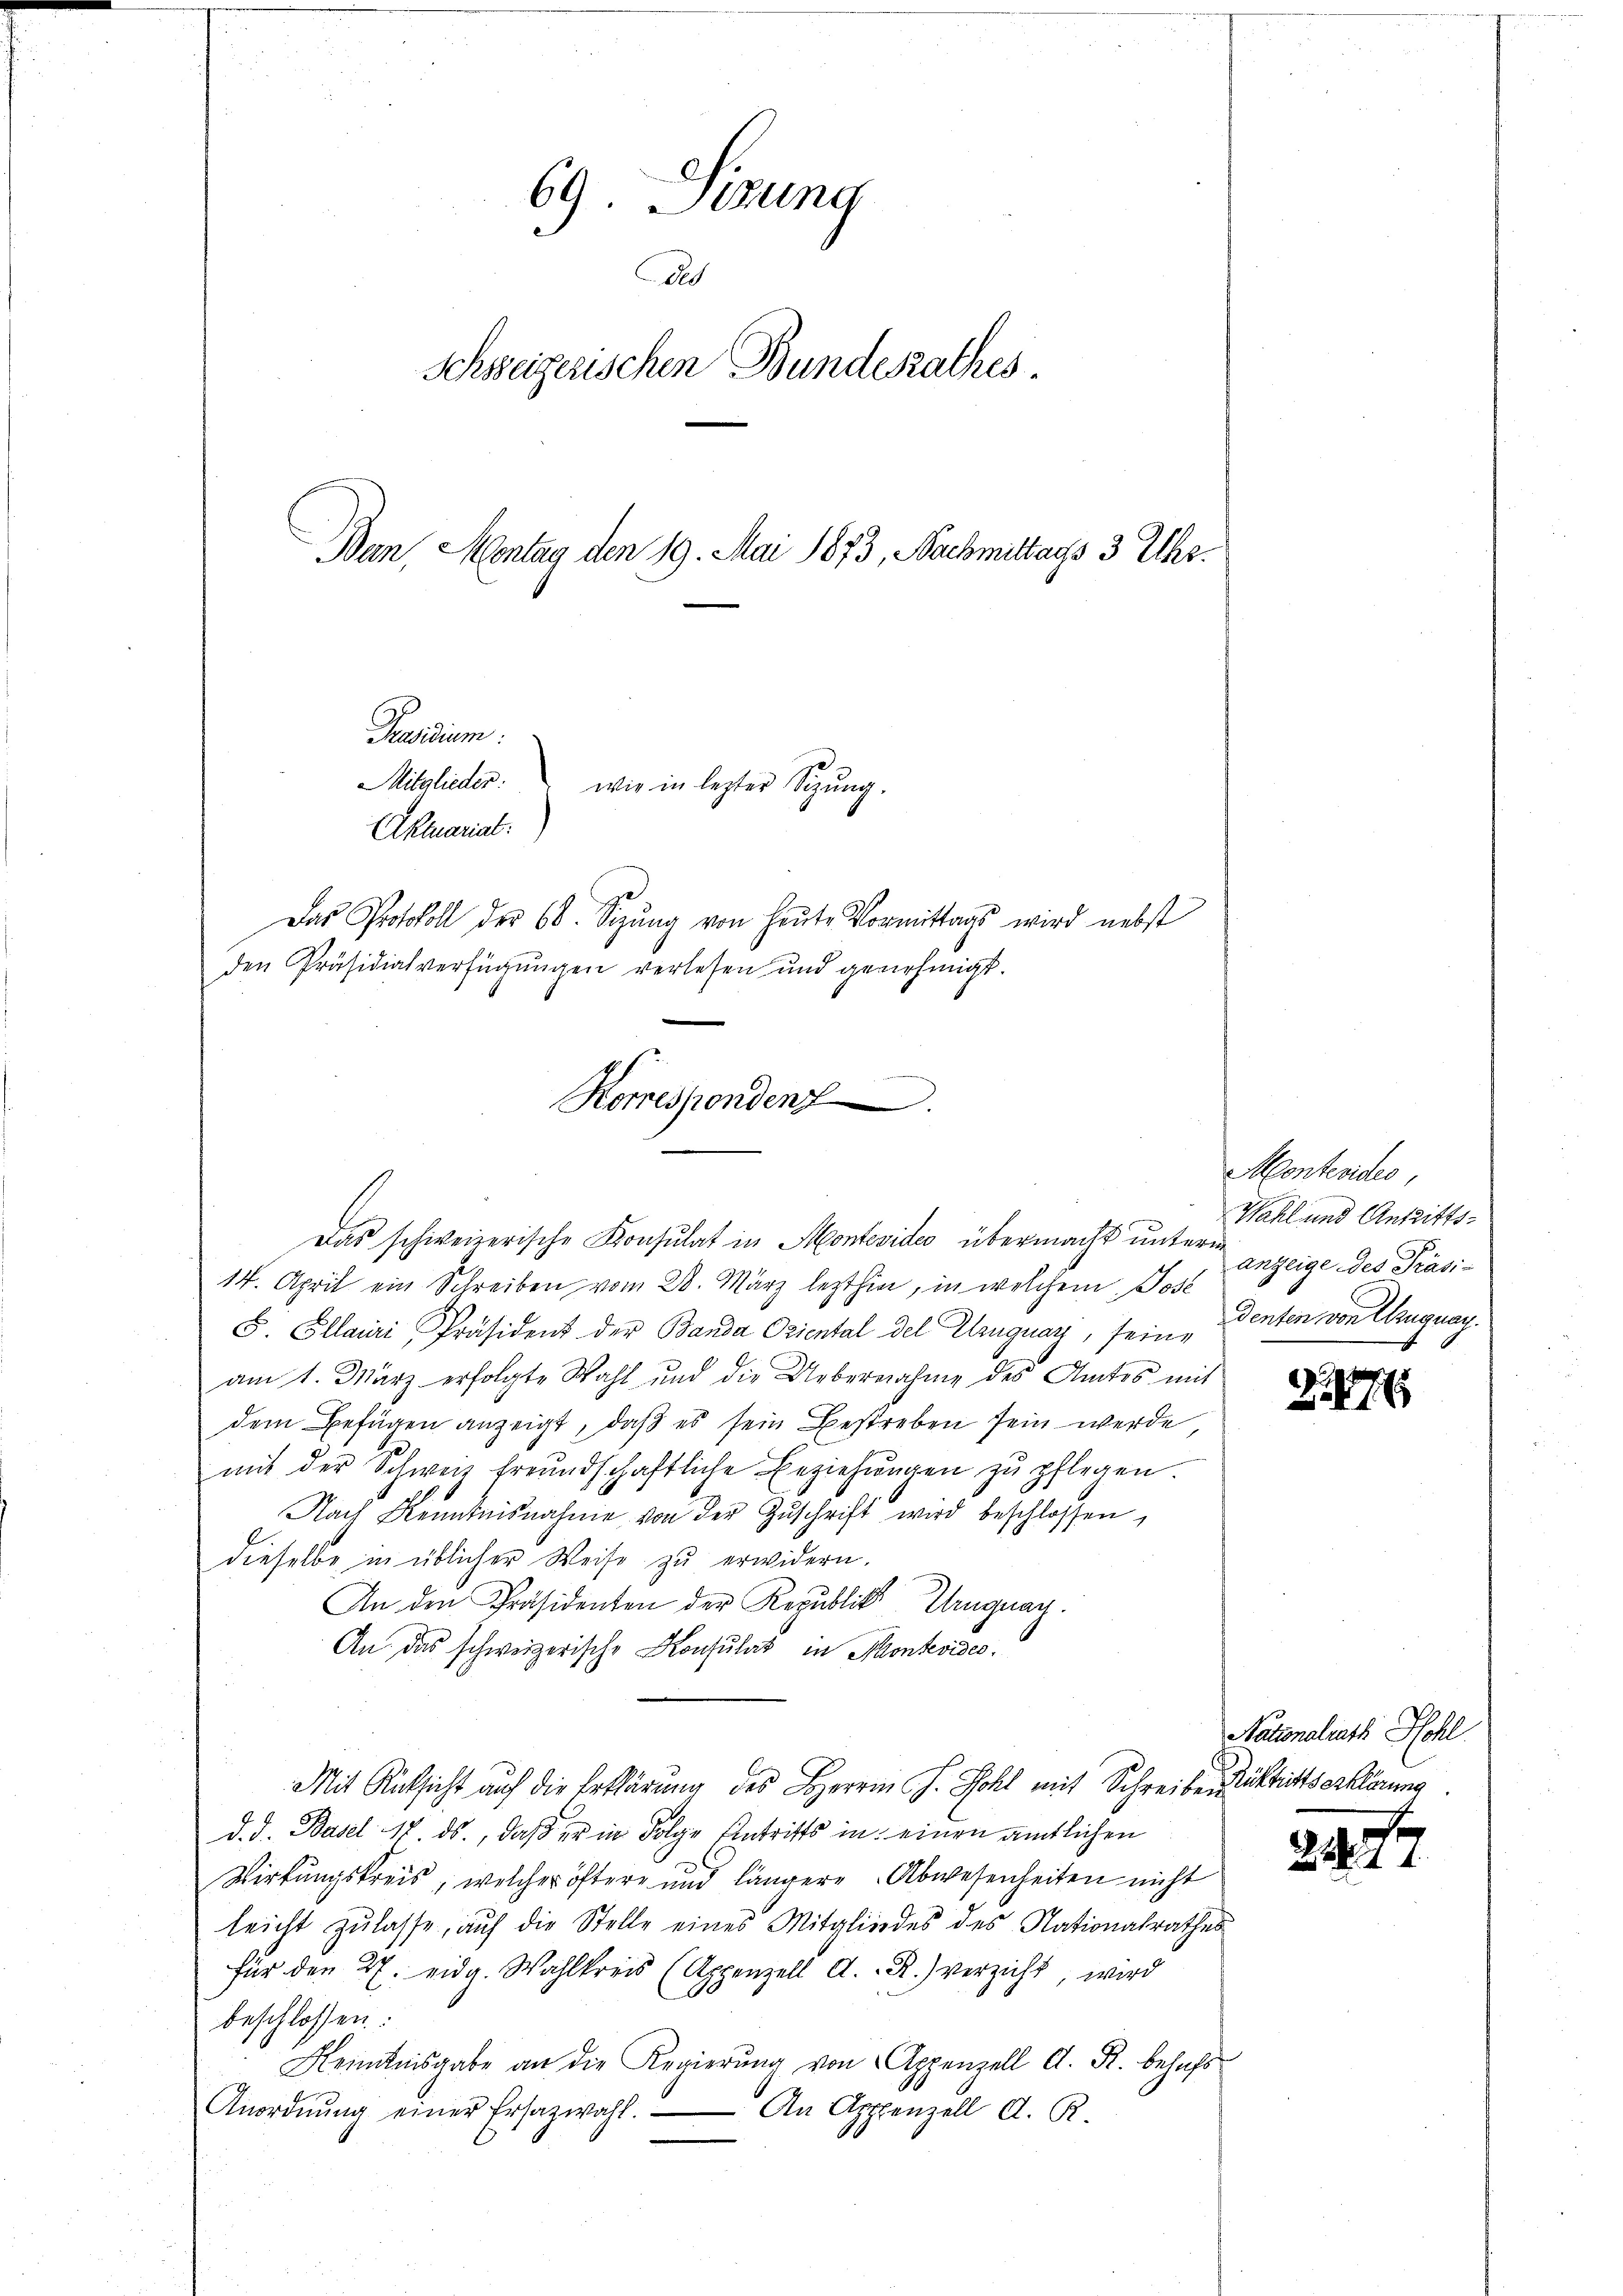
69. Sizung
ds
Schsseigerischen Bundesrathes.
Ban, Montag den 19. Mai 1873, Nachmittags 3 Uhr.

Mitglieder.
wie in lezter Sitzung.
Aktuariat
Das Protokoll der 60. Sizŭng von heŭte Vormittags wird nebst
den Präsidialverfügungen verlesen und genehmigt.

Präsidium.

Korresponden
Das schweizerische Konsulat in Montevideo übermacht unterm

14. April ein Schreiben vom 28. März lezthin, in welchem Jos. Anzeige des Präsi-
S. Ellairi, Präsident der Banda Oriental del Uruguay, sein Identen von Euguay
am 1. März erfolgte Wahl und die Uebernahme des Amtes mit
dem Befügen anzeigt, daß es sein Bestreben sein werde
mit der Schweiz freundschaftliche Erziehŭngen zŭ pflegen.
Nach Kenntnisnahme von der Zŭschrift wird beschlossen,
dieselbe in üblicher Weise zu erwidern.
An den Präsidenten der Republick Uruguay.
An das schweizerische Konsulat in Montevides.
Mit Rücksicht auf die Erklärung des Herrn J. Schl mit Schreiben unterlierung
d. d. Basel 17. ds., daß er in Folge Antritts in einen amtlichen
Wirkungskreis, welcher öftere und längere Abwesenheiten nicht
leicht zulasse, auf die Stelle eines Mitgliedes des Nationalrathes
für den 27. eidg. Wahlkreis (Appenzell A.-R.) verzicht, wird
beschlossen:
Kenntnisgabe an die Regierŭng von Appenzell A. R. behŭfs
Anordnŭng einer Ersazwahl. An Appenzell A. R.

Montevides,
Wahl und Antritts¬

7

Nationalrath Hohl

247.